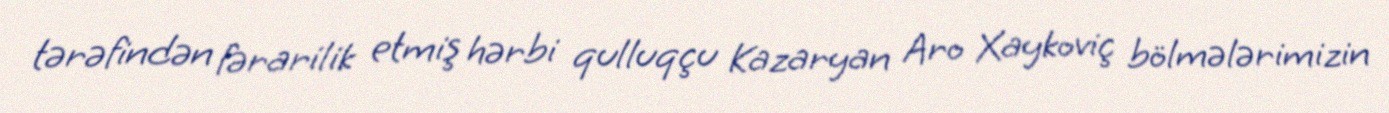
tərəfindən fərarilik etmiş hərbi qulluqçu Kazaryan Aro Xaykoviç bölmələrimizin